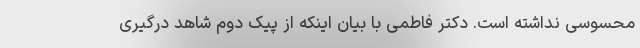
محسوسی نداشته است. دکتر فاطمی با بیان اینکه از پیک دوم شاهد درگیری